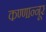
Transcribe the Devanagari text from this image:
कण्णान्नूर